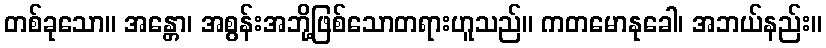
တစ်ခုသော။ အန္တော၊ အစွန်းအဘို့ဖြစ်သောတရားဟူသည်။ ကတမောနုခေါ၊ အဘယ်နည်း။